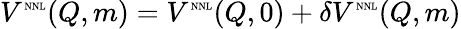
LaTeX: V^{\mathrm{\tiny{NNL}}}(Q,m)=V^{\mathrm{\tiny{NNL}}}(Q,0)+\delta V^{\mathrm{\tiny{NNL}}}(Q,m)